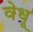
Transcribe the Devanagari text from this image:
वेधू